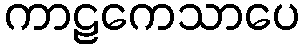
ကာဠကေသာပေ